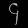
Digit: ၄